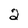
Character: 2